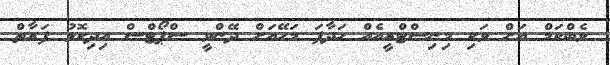
ވެބްކަމް އަށް ވަކި މިނިސްޓްރީއެއް ހަދާފަ މަހޭއަށް ދޭންވީ ސްޕޯޓްސް އިދިކޮޅު ފަރާތް